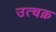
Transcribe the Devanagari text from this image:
उत्चक्र